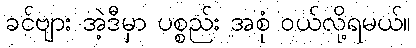
ခင်ဗျား အဲ့ဒီမှာ ပစ္စည်း အစုံ ဝယ်လို့ရမယ်။